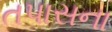
તપાસના